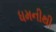
ધમનીથી